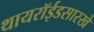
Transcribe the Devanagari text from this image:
थायरॉईडसारखे